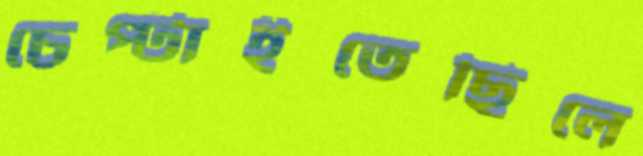
চেপ্‌টাইতেছিলে